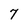
Character: 7